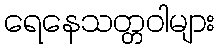
ရေနေသတ္တဝါများ